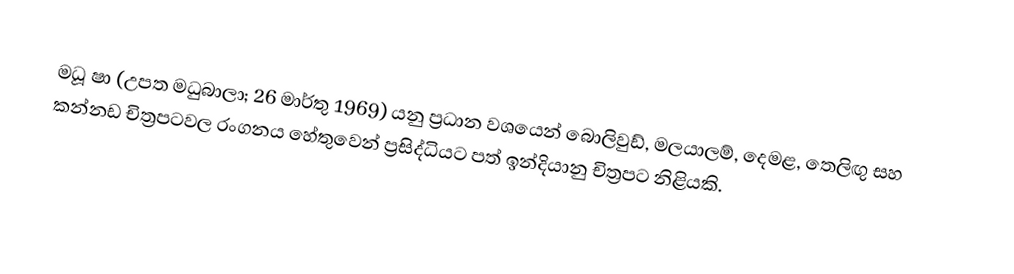
මධූ ෂා (උපත මධුබාලා; 26 මාර්තු 1969) යනු ප්‍රධාන වශයෙන් බොලිවුඩ්, මලයාලම්, දෙමළ, තෙලිඟු සහ කන්නඩ චිත්‍රපටවල රංගනය හේතුවෙන් ප්‍රසිද්ධියට පත් ඉන්දියානු චිත්‍රපට නිළියකි.